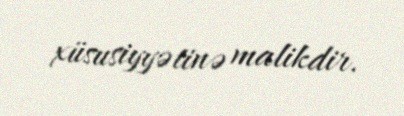
xüsusiyyətinə malikdir.